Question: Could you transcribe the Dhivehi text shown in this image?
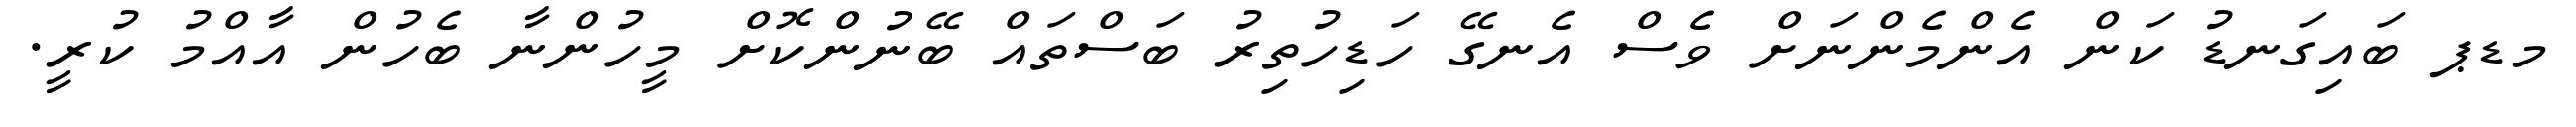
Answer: މޑޕ ބައިގަނޑު ކަން އެންމެންނަށް ވެސް އެނގޭ ހަޑިހުތިރު ބަސްތައް ބޭނުންކޮށް މީހުންނާ ބެހުން އާއްމު ކުރީ.